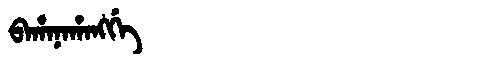
Manchu: ᠪᠠᡥᠠᠨᠠᡥᠠᠩᡤᡝ
Romanization: BAHANAHANGGE